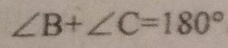
\angle B + \angle C = 1 8 0 ^ { \circ }